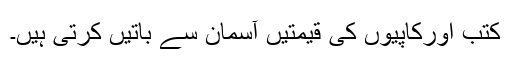
کتب اورکاپیوں کی قیمتیں آسمان سے باتیں کرتی ہیں۔